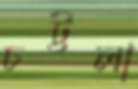
চট্টলা